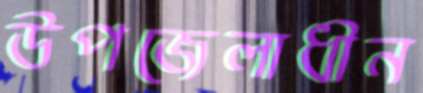
উপজেলাধীন